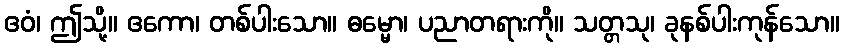
ဧဝံ၊ ဤသို့။ ဧကော၊ တစ်ပါးသော။ ဓမ္မော၊ ပညာတရားကို။ သတ္တသု၊ ခုနစ်ပါးကုန်သော။